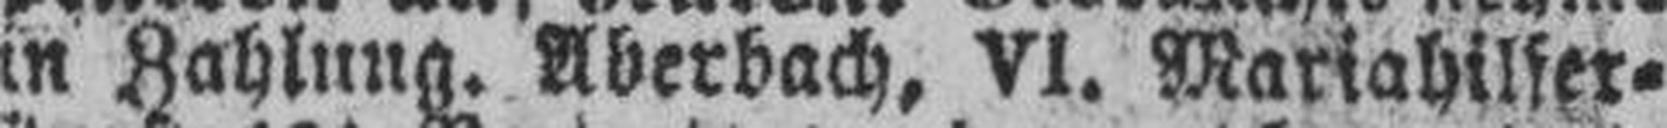
in Zahlung. Aberbach, VI. Mariahilfer¬